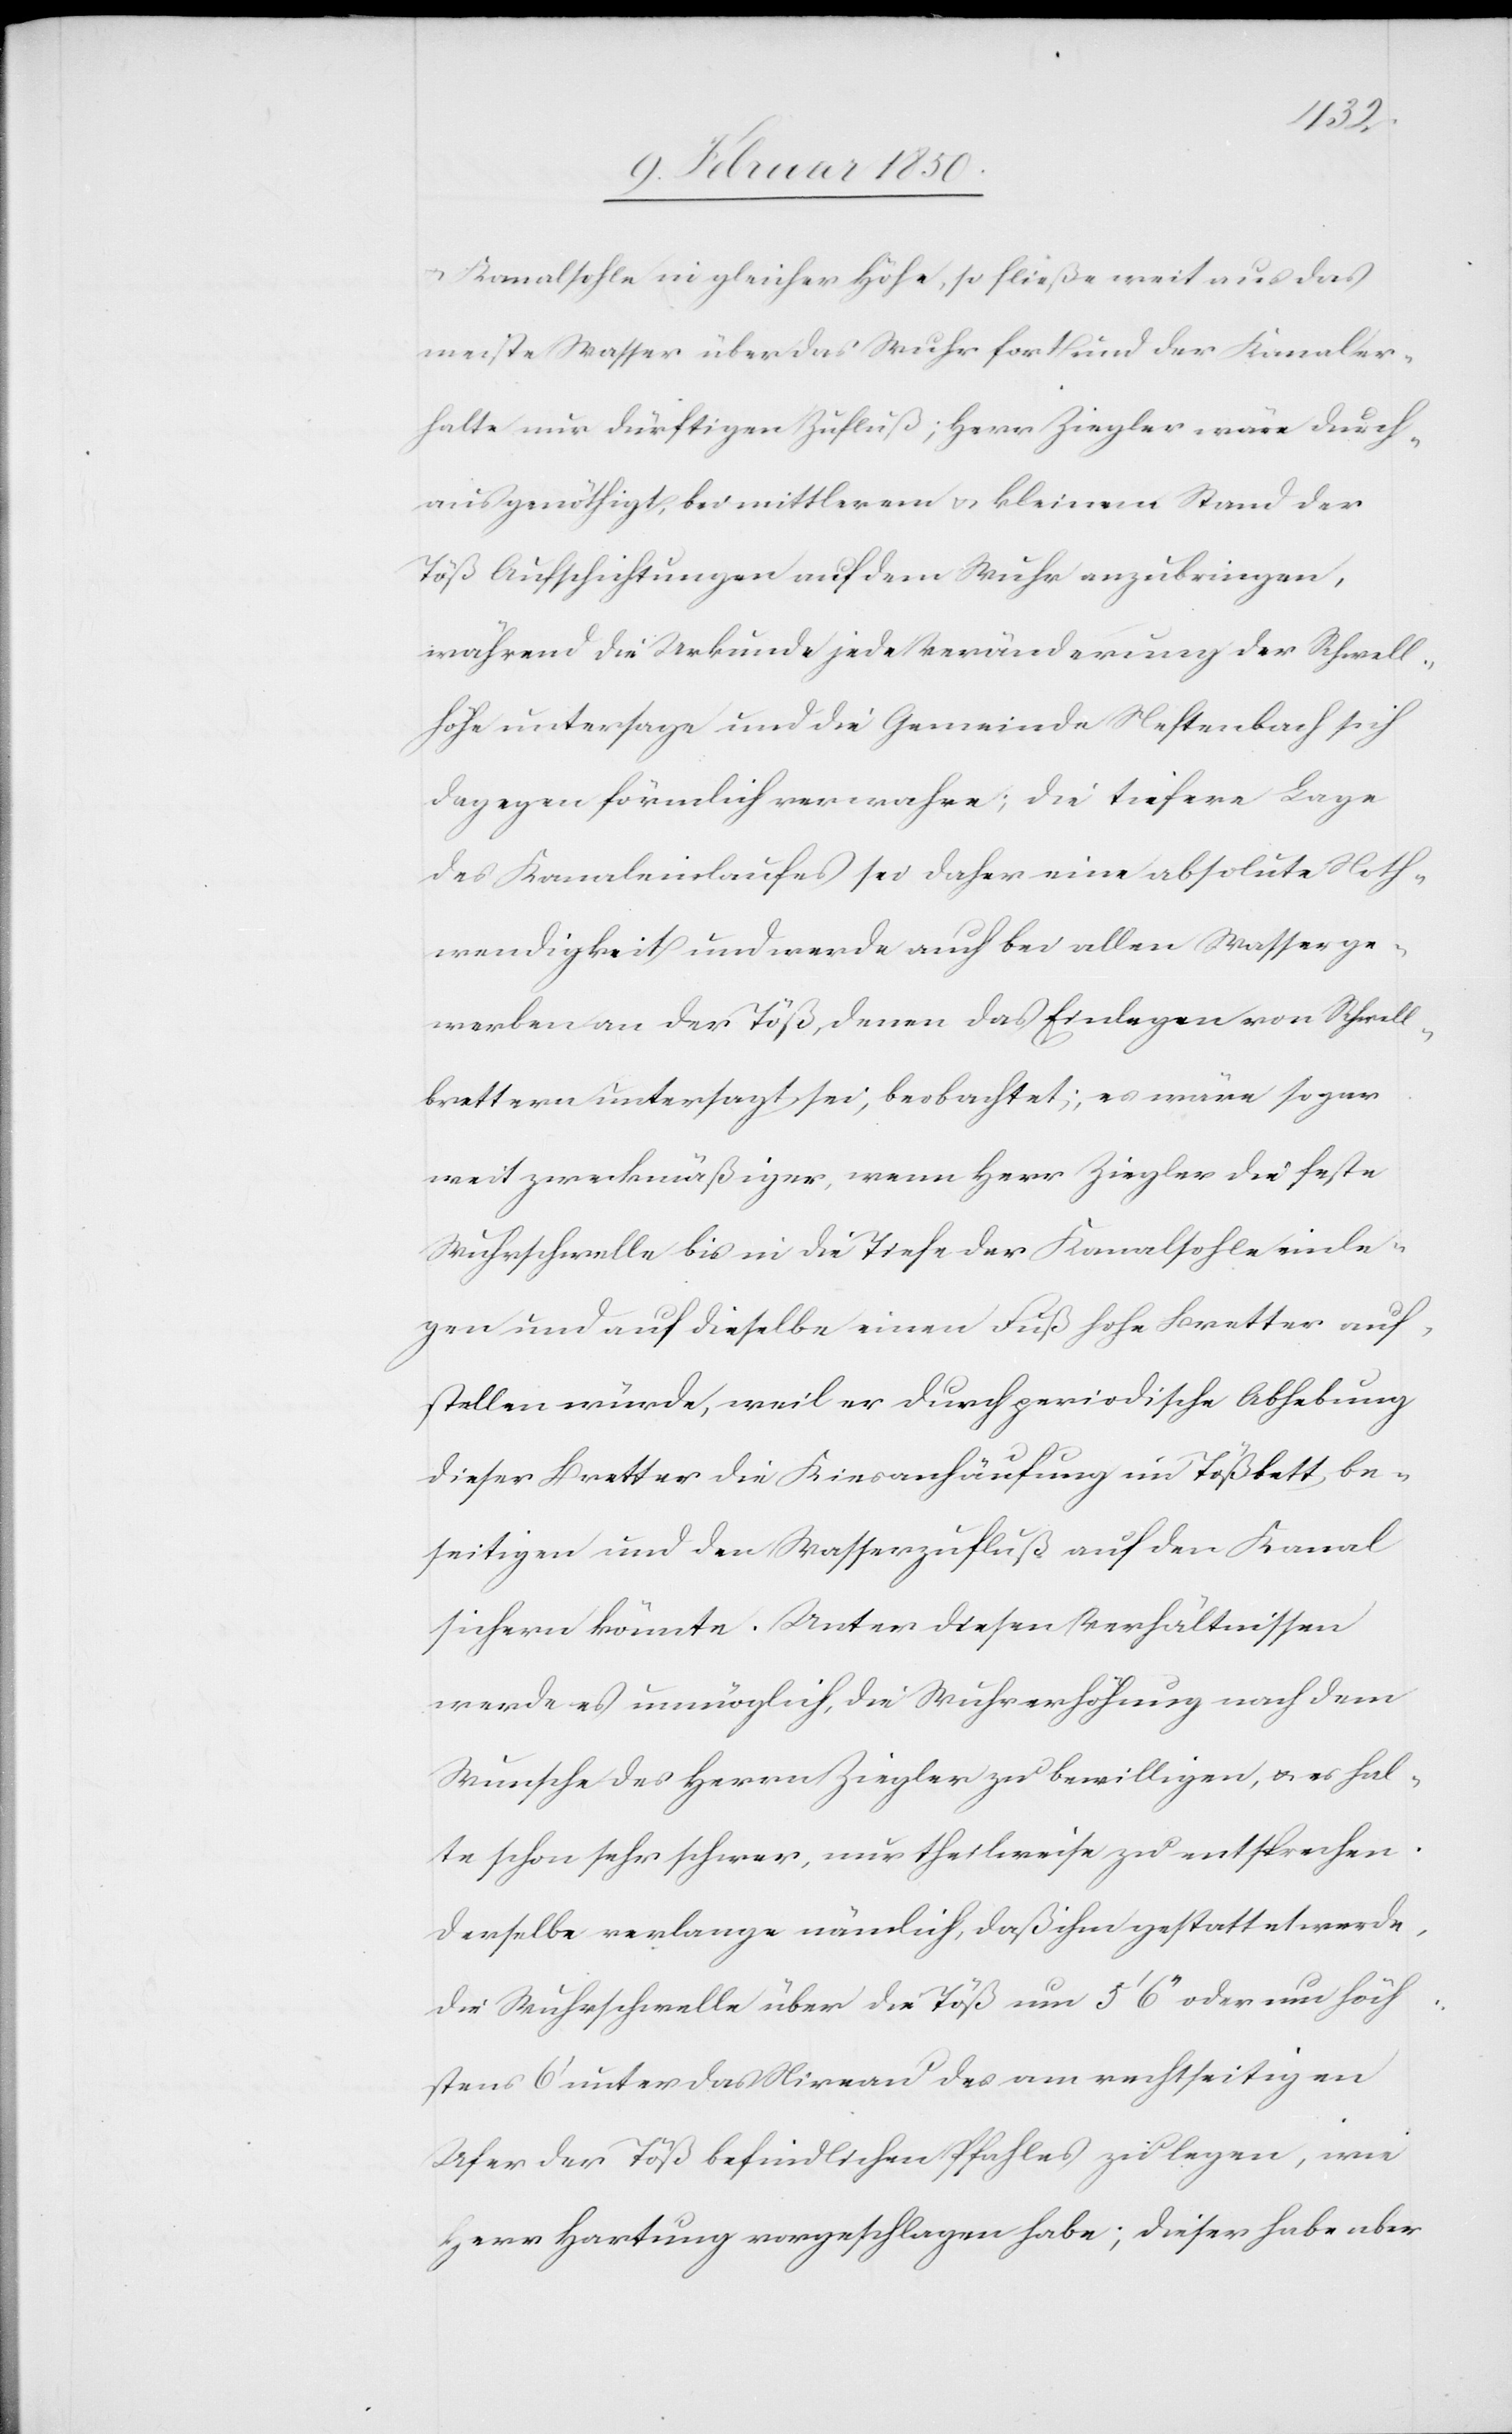
u. Kanalsohle in gleicher Höhe, so fließe weitaus das
meiste Wasser über das Wuhr fort und der Kanal er¬
halte nur dürftigen Zufluß; Herr Ziegler wäre durch¬
aus genöthigt, bei mittlerem u. kleinem Stand der
Töß Aufschichtungen auf dem Wuhr anzubringen,
während die Urkunde jede Veränderung der Schwell¬
höhe untersage und die Gemeinde Neftenbach sich
dagegen förmlich verwahre; die tiefere Lage
des Kanaleinlaufes sei daher eine absolute Noth¬
wendigkeit und werde auch bei allen Wasserge¬
werben an der Töß, denen das Einlegen von Schwell¬
brettern untersagt sei, beobachtet; es wäre sogar
weit zweckmäßiger, wenn Herr Ziegler die feste
Wuhrschwelle bis in die Tiefe der Kanalsohle einle¬
gen und auf dieselbe einen Fuß Höhe Bretter auf¬
stellen würde, weil er durch periodische Abhebung
dieser Bretter die Kiesanhäufung im Tößbett be¬
seitigen und den Wasserzufluß auf den Kanal
sichern könnte. Unter diesen Verhältnissen
werde es unmöglich, die Wuhrerhöhung nach dem
Wunsche des Herrn Ziegler zu bewilligen, u. es hal¬
te schon sehr schwer, nur theilweise zu entsprechen.
Derselbe verlange nämlich, daß ihm gestattet werde,
die Wuhrschwelle über die Töß um 5ʼ 6ʼʼ oder um höch¬
stens 6ʼ unter das Niveau des am rechtseitigen
Ufer der Töß befindlichen Pfahles zu legen, wie
Herr Hartung vorgeschlagen habe; dieser habe aber